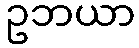
ဥဘယာ